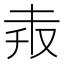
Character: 𠬼